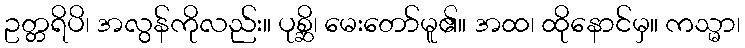
ဥတ္တရိပိ၊ အလွန်ကိုလည်း။ ပုစ္ဆိ၊ မေးတော်မူ၏။ အထ၊ ထိုနောင်မှ။ ကသ္မာ၊